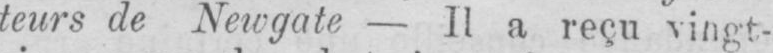
teurs de Newgate - Il a reçu vingt-